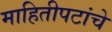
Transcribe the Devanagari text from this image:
माहितीपटांचे